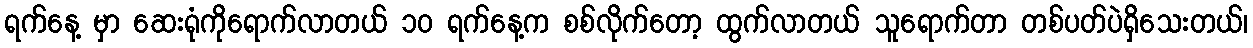
ရက်နေ့ မှာ ဆေးရုံကိုရောက်လာတယ် ၁၀ ရက်နေ့က စစ်လိုက်တော့ ထွက်လာတယ် သူရောက်တာ တစ်ပတ်ပဲရှိသေးတယ်၊